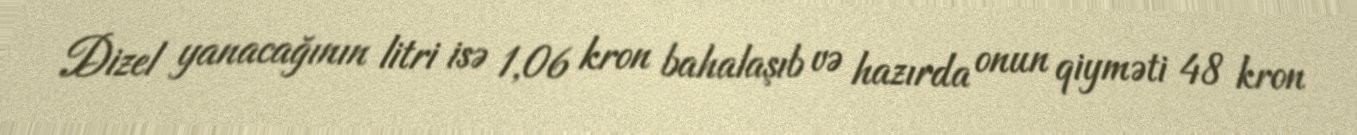
Dizel yanacağının litri isə 1,06 kron bahalaşıb və hazırda onun qiyməti 48 kron